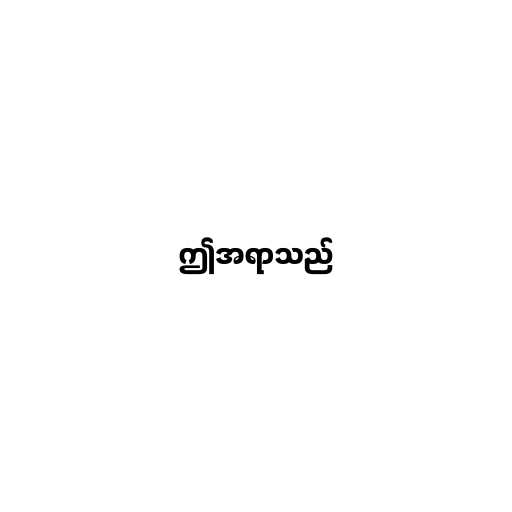
ဤအရာသည်